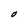
Character: O